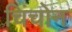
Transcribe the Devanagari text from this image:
चिंचोन